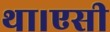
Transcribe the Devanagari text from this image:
था।एसी